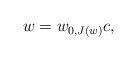
LaTeX: \begin{align*}w=w_{0,J(w)}c, \end{align*}